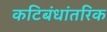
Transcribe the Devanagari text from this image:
कटिबंधांतरिक